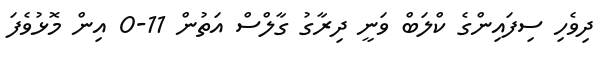
ދިވެހި ސިފައިންގެ ކްލަބް ވަނީ ދިރާގު ގާލްސް އަތުން 11-0 އިން މޮޅުވެފަ